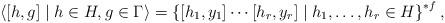
LaTeX: \begin{align*} \langle [h,g] \mid h \in H, g \in \Gamma \rangle = \left\{ [h_1,y_1] \cdots [h_r,y_r] \mid h_1,\dots,h_r \in H \right\}^{*f}, \end{align*}